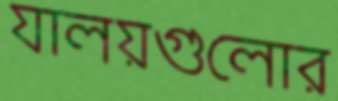
যালয়গুলোর